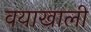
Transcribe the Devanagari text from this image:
वयाखाली